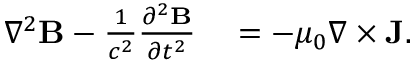
\begin{array} { r l } { \nabla ^ { 2 } { \mathbf B } - \frac { 1 } { c ^ { 2 } } \frac { \partial ^ { 2 } { \mathbf B } } { \partial t ^ { 2 } } } & { { } = - \mu _ { 0 } \nabla \times { \mathbf J } . } \end{array}